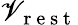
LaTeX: \mathscr{V}_{\mathrm{{~r~e~s~t~}}}